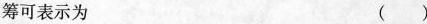
筹可表示为 ( )